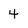
Character: 4